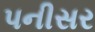
પનીસર